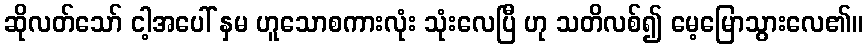
ဆိုလတ်သော် ငါ့အပေါ် နှမ ဟူသောစကားလုံး သုံးလေပြီ ဟု သတိလစ်၍ မေ့မြောသွားလေ၏။